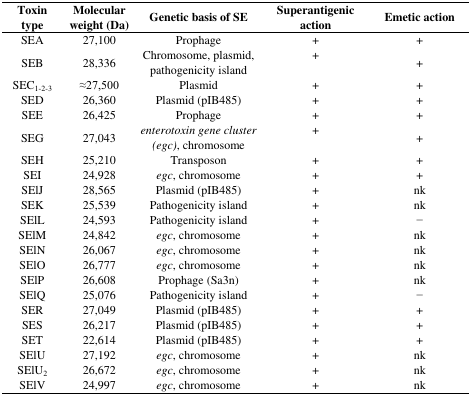
| Toxin type | Molecular weight (Da) | Genetic basis of SE | Superantigenic action | Emetic action |
 | --- | --- | --- | --- | --- |
 | SEA | 27,100 | Prophage | + | + |
 | SEB | 28,336 | Chromosome, plasmid, pathogenicity island | + | + |
 | SEC1-2-3 | ≈27,500 | Plasmid | + | + |
 | SED | 26,360 | Plasmid (pIB485) | + | + |
 | SEE | 26,425 | Prophage | + | + |
 | SEG | 27,043 | enterotoxin gene cluster (egc), chromosome | + | + |
 | SEH | 25,210 | Transposon | + | + |
 | SEI | 24,928 | egc, chromosome | + | + |
 | SElJ | 28,565 | Plasmid (pIB485) | + | nk |
 | SEK | 25,539 | Pathogenicity island | + | nk |
 | SElL | 24,593 | Pathogenicity island | + | − |
 | SElM | 24,842 | egc, chromosome | + | nk |
 | SElN | 26,067 | egc, chromosome | + | nk |
 | SElO | 26,777 | egc, chromosome | + | nk |
 | SElP | 26,608 | Prophage (Sa3n) | + | nk |
 | SElQ | 25,076 | Pathogenicity island | + | − |
 | SER | 27,049 | Plasmid (pIB485) | + | + |
 | SES | 26,217 | Plasmid (pIB485) | + | + |
 | SET | 22,614 | Plasmid (pIB485) | + | + |
 | SElU | 27,192 | egc, chromosome | + | nk |
 | SElU2 | 26,672 | egc, chromosome | + | nk |
 | SElV | 24,997 | egc, chromosome | + | nk |